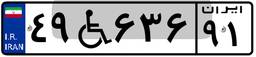
۴۹W۶۳۶۹۱